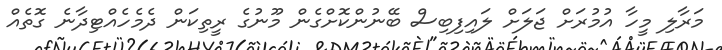
މަރާލި މީހާ އުމުރަށް ޖަލަށް ލައިފިބިސް ބޭނުންކޮށްގެން މޫނުގެ ރީތިކަން ދެމެހެއްޓިދާނެ ގޮތެއް